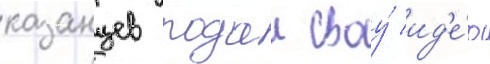
казанцев подал своу́ ид'е́ю